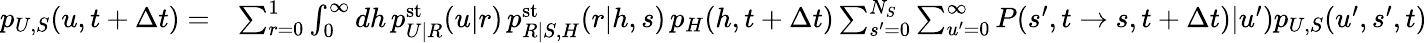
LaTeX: \begin{array}{rl}{p_{U,S}(u,t+\Delta t)=}&{\sum_{r=0}^{1}\int_{0}^{\infty}dh\, p_{U|R}^{\mathrm{st}}(u|r)\, p_{R|S,H}^{\mathrm{st}}(r|h,s)\, p_{H}(h,t+\Delta t)\sum_{s^{\prime}=0}^{N_{S}}\sum_{u^{\prime}=0}^{\infty}P(s^{\prime},t\to s,t+\Delta t)|u^{\prime})p_{U,S}(u^{\prime},s^{\prime},t)}\end{array}